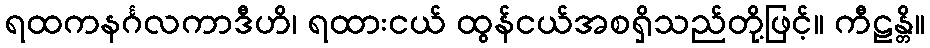
ရထကနင်္ဂလကာဒီဟိ၊ ရထားငယ် ထွန်ငယ်အစရှိသည်တို့ဖြင့်။ ကီဠန္တိ။